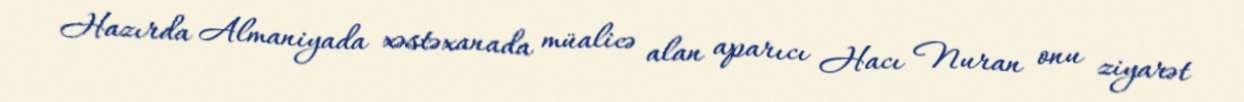
Hazırda Almaniyada xəstəxanada müalicə alan aparıcı Hacı Nuran onu ziyarət